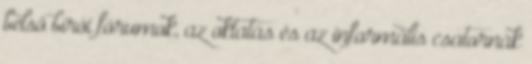
belső bírói fórumok, az oktatás és az informális csatornák